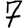
Digit: 7